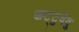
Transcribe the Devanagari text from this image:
कट्‌टुवेवु